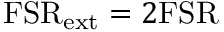
\mathrm { F S R } _ { \mathrm { e x t } } = 2 \mathrm { F S R }